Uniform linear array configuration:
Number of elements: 48
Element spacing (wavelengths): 0.25
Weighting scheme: exponential
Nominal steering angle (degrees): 15
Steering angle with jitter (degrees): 16.401
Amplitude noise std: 0.05
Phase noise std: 0.05

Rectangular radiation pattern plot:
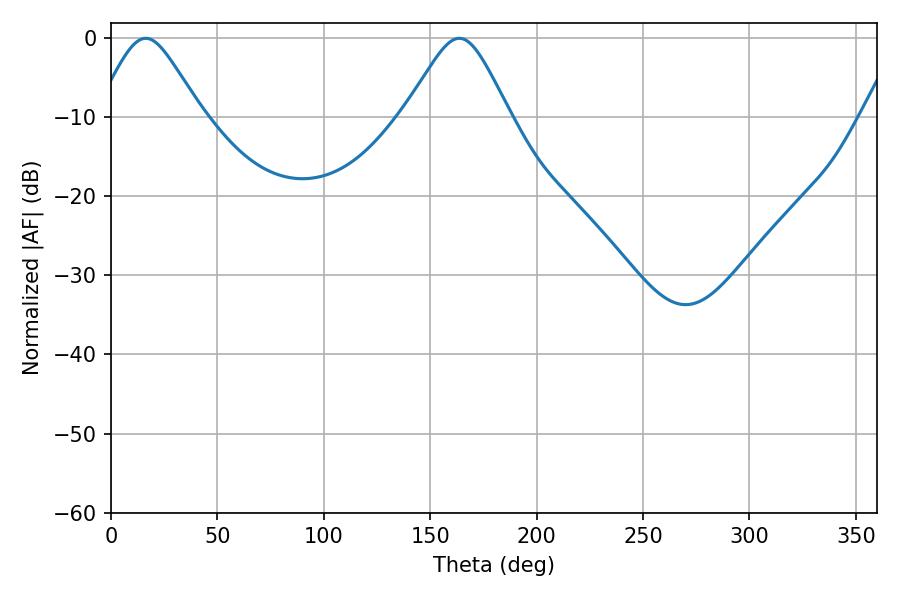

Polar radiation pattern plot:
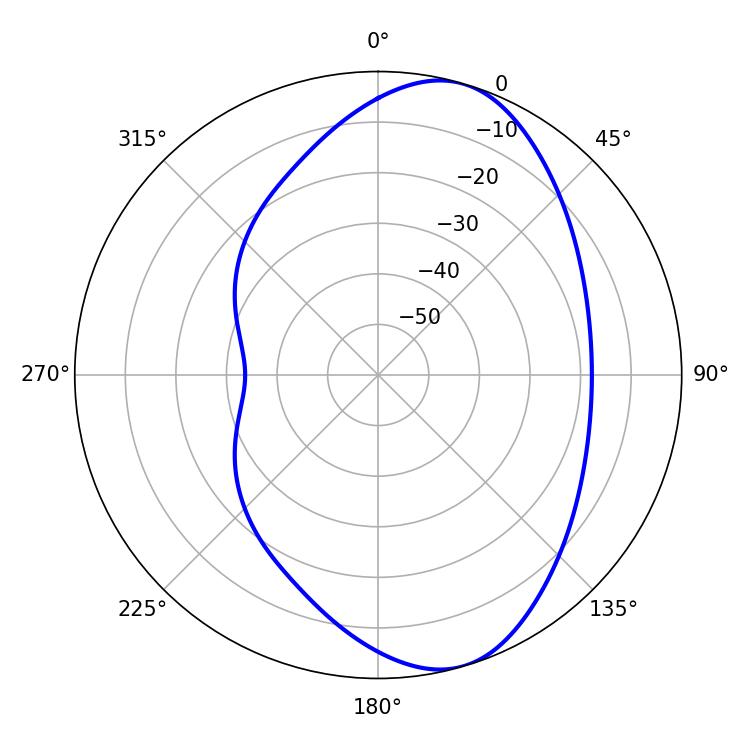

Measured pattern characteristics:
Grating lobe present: FALSE
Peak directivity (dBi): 8.103
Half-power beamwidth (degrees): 23.94
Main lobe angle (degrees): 16.38